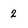
Character: 2